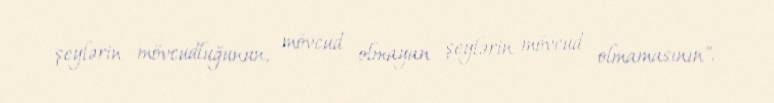
şeylərin mövcudluğunun, mövcud olmayan şeylərin mövcud olmamasının".